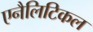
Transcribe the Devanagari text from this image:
एनैलिटिकल